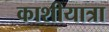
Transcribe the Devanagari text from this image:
काशीयात्रा